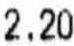
2.20